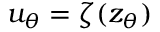
u _ { \theta } = \zeta ( z _ { \theta } )